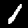
Label: 1